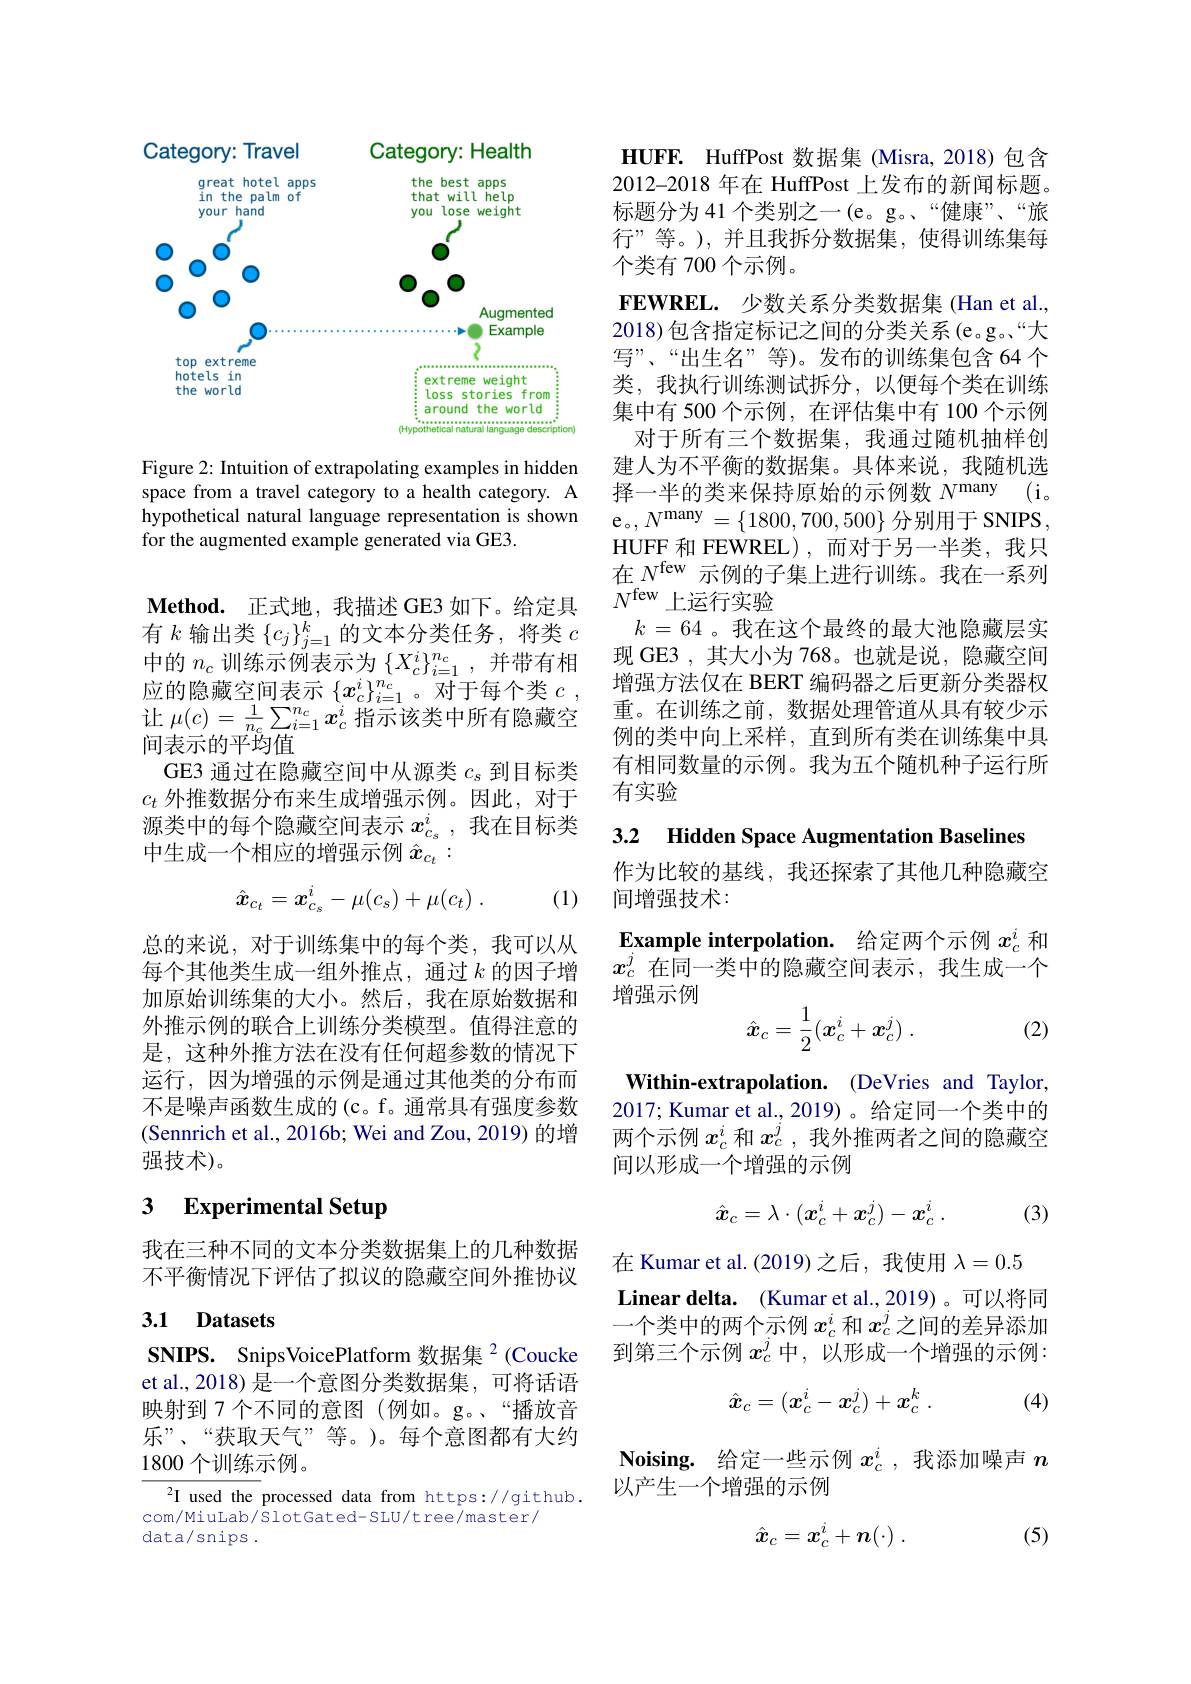
<FigureHere>

Figure 2: Intuition of extrapolating examples in hidden space from a travel category to a health category. A hypothetical natural language representation is shown for the augmented example generated via GE3.

$\textbf{Method. 正 式 地 , 我 描 述 GE3 如 下 。给 定 具 }$ 有$k$输出类$\{c_j\}_j=1^k$的文本分类任务，将类$c$ 中的$n_c$训练示例表示为$\{X_c^i\}_{i=1}^{n_c}$,并带有相应的隐藏空间表示$\{x_c^i\}_{i=1}^{n_c}$。对于每个类$c$, 让$\mu(c)=\frac1{n_c}\sum_{i=1}^{n_c}x_c^i$指示该类中所有隐藏空间表示的平均值
GE3 通过在隐藏空间中从源类$c_s$到目标类$c_t$外推数据分布来生成增强示例。因此，对于源类中的每个隐藏空间表示$x_{c_s}^i$ ,我在目标类中生成一个相应的增强示例$\hat{x}_{c_t}:$
$$\hat{\boldsymbol{x}}_{c_t}=\boldsymbol{x}_{c_s}^i-\mu(c_s)+\mu(c_t)\:.$$
(1)

总的来说，对于训练集中的每个类，我可以从每个其他类生成一组外推点，通过$k$的因子增加原始训练集的大小。然后，我在原始数据和外推示例的联合上训练分类模型。值得注意的是，这种外推方法在没有任何超参数的情况下运行，因为增强的示例是通过其他类的分布而不是噪声函数生成的(c。f。通常具有强度参数(Sennrich et al., 2016b; Wei and Zou, 2019) 的增强技术)。

### 3 $\textbf{Experimental Setup}$

我在三种不同的文本分类数据集上的几种数据不平衡情况下评估了拟议的隐藏空间外推协议

## 3.1 Datasets

SNIPS. SnipsVoicePlatform 数据集$^{2}$(Coucke et al., 2018) 是一个意图分类数据集，可将话语映射到 7 个不同的意图 (例如。g。“播放音乐”、“获取天气”等。)。每个意图都有大约1800个训练示例。

$^2$I used the processed data from https://github.
com/MiuLab/SlotGated-SLU/tree/master/
data/snips.

HUFF. HuffPost 数据集 (Misra,2018)包含2012-2018 年在 HuffPost 上发布的新闻标题。标题分为 41 个类别之一(e。g。、“健康”、“旅行”等。),并且我拆分数据集，使得训练集每个类有 700 个示例。
$\mathbf{FEWREL.}$少数关系分类数据集(Han et al., 2018) 包含指定标记之间的分类关系 (e。g。“大写”、“出生名”等)。发布的训练集包含 64 个类，我执行训练测试拆分，以便每个类在训练集中有 500 个示例，在评估集中有 100 个示例对于所有三个数据集，我通过随机抽样创建人为不平衡的数据集。具体来说，我随机选择一半的类来保持原始的示例数$N^\mathrm{many}$ $( \mathbf{i} _{\circ }$ e。, $N^{\mathrm{many}}= \left \{ 1800, 700, 500\right \}$分别用于 SNIPS, HUFF 和 FEWREL) , 而对于另一半类，我只在$N^\mathrm{few}$ 示例的子集上进行训练。我在一系列${\overline{N^\mathrm{few}}}$上运行实验
$k=64$。我在这个最终的最大池隐藏层实现 GE3 ,其大小为 768。也就是说，隐藏空间增强方法仅在 BERT 编码器之后更新分类器权重。在训练之前，数据处理管道从具有较少示例的类中向上采样，直到所有类在训练集中具有相同数量的示例。我为五个随机种子运行所有实验

3.2 Hidden Space Augmentation Baselines

作为比较的基线，我还探索了其他几种隐藏空
间增强技术：

Example interpolation. 给定两个示例$x_c^i$和$\hat{x_c^j\text{ 在同一类中的隐藏空间表示}}$,我生成一个增强示例
$$\hat{\boldsymbol{x}}_c=\frac{1}{2}(\boldsymbol{x}_c^i+\boldsymbol{x}_c^j)\:.$$
(2)

Within-extrapolation. (DeVries and Taylor, 2017; Kumar et al., 2019)。给定同一个类中的两个示例$x_c^i$和$x_c^j$ ,我外推两者之间的隐藏空间以形成一个增强的示例
$$\hat{x}_c=\lambda\cdot(\boldsymbol{x}_c^i+\boldsymbol{x}_c^j)-\boldsymbol{x}_c^i\:.$$
(3)

在 Kumar et al.(2019)之后，我使用$\lambda=0.5$
Linear delta. (Kumar et al., 2019) 。可以将同一个类中的两个示例$x_c^i$和$x_c^j$之间的差异添加到第三个示例$x_c^j$中，以形成一个增强的示例：
$$\hat{x}_c=(x_c^i-x_c^j)+x_c^k\:.$$
(4)

Noising. 给定一些示例$x_c^i$ ,我添加噪声$n$
以产生一个增强的示例
$$\hat x_c=x_c^i+\boldsymbol{n}(\cdot)\:.$$
(5)